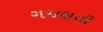
ગજરાતી